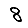
Digit: 8